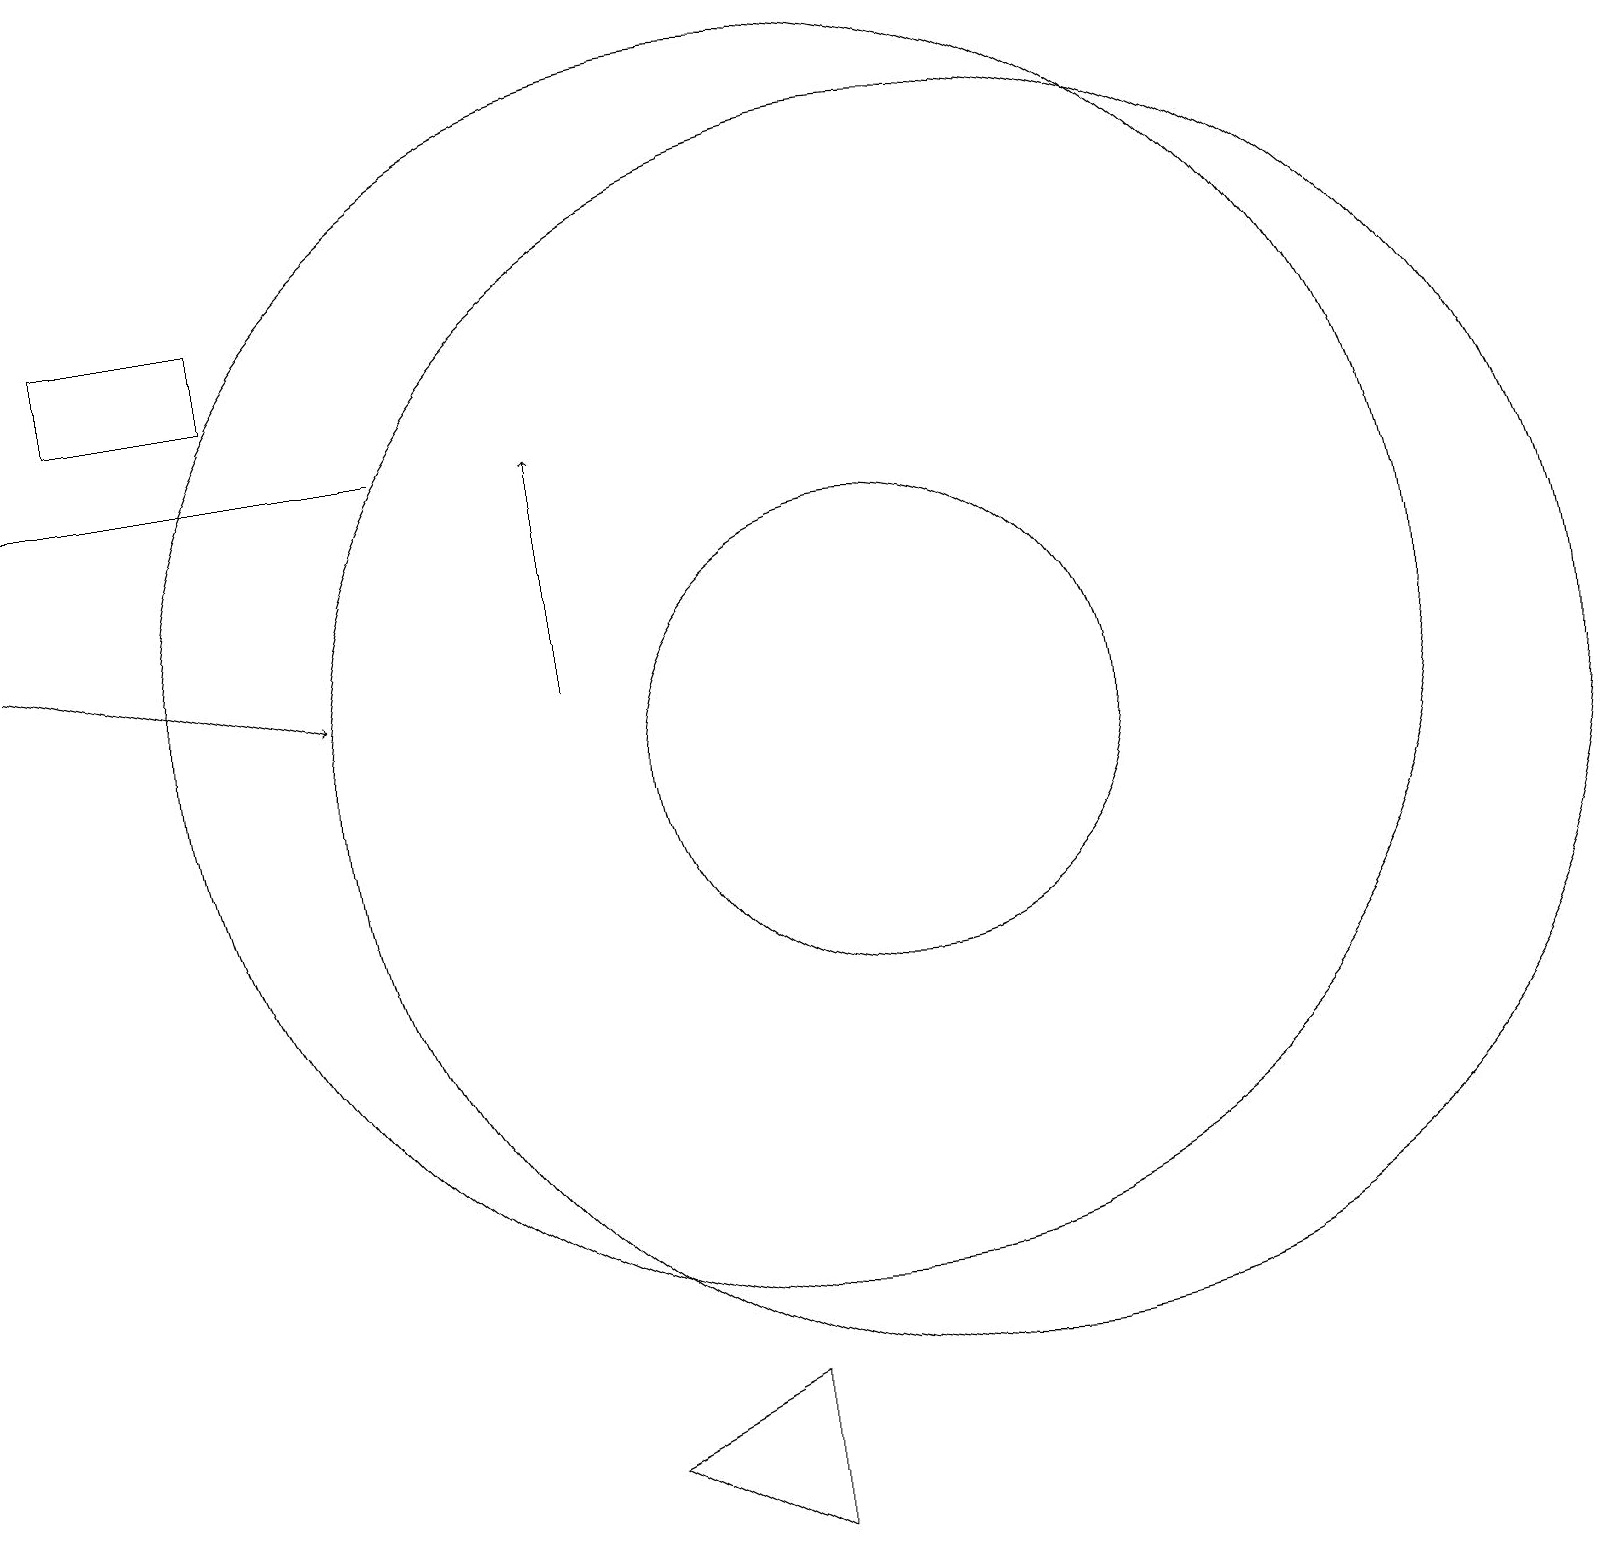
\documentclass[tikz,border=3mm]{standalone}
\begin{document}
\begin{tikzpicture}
\draw (1,15) rectangle (3,16);
\draw (12,10) circle (8);
\draw (10,11) circle (8);
\draw[->] (0,12) -- (4,11);
\draw (0,14) rectangle (5,14);
\draw (7,1) -- (9,2) -- (9,0) -- cycle;
\draw (11,10) circle (3);
\draw[->] (7,11) -- (7,14);
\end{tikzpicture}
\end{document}